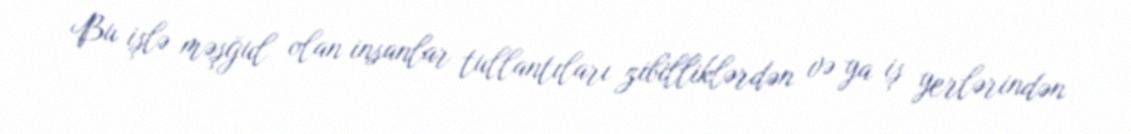
Bu işlə məşğul olan insanlar tullantıları zibilliklərdən və ya iş yerlərindən